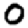
Digit: 0